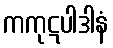
ကကုဋပါဒါနံ